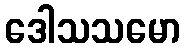
ဒေါသသမော